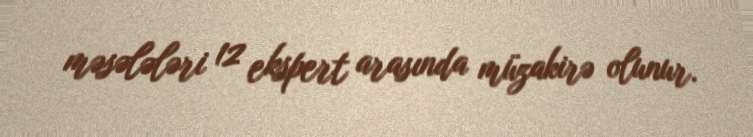
məsələləri 12 ekspert arasında müzakirə olunur.